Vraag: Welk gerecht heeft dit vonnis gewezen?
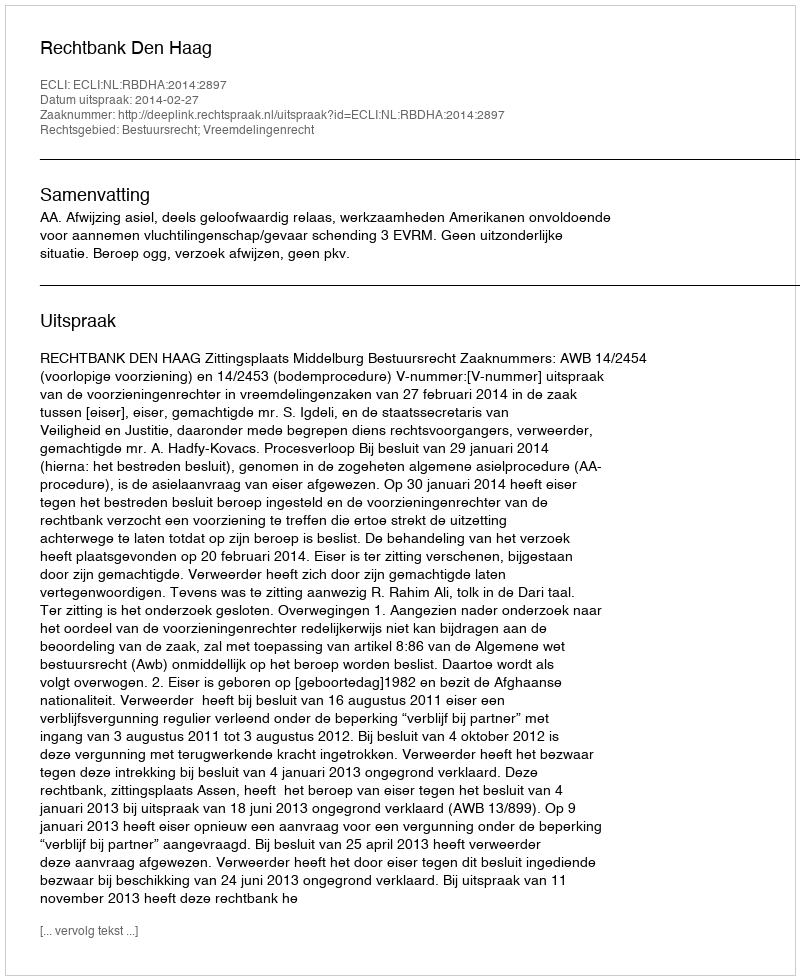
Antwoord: Rechtbank Den Haag